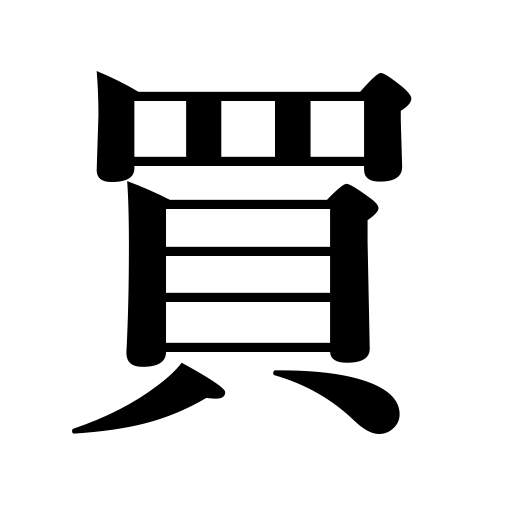
Meanings: appreciate,buy,buying,call in geisha,incur,invest in